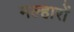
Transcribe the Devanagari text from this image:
मल्हारों